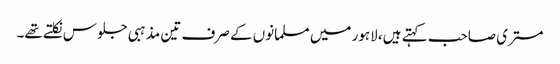
مستری صاحب کہتے ہیں، لاہور میں مسلمانوں کے صرف تین مذہبی جلوس نکلتے تھے۔